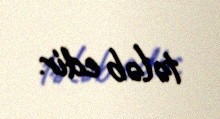
tələb edir.